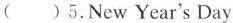
( )5.New Year's Day